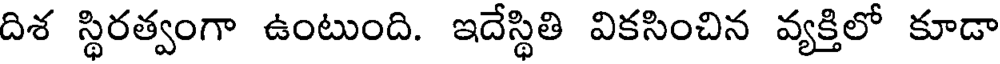
దిశ స్థిరత్వంగా ఉంటుంది. ఇదేస్థితి వికసించిన వ్యక్తిలో కూడా